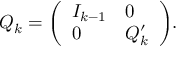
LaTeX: Q _ { k } = { \left( \begin{array} { l l } { I _ { k - 1 } } & { 0 } \\ { 0 } & { Q _ { k } ^ { \prime } } \end{array} \right) } .